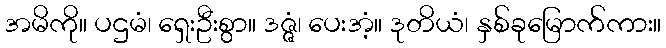
အမိကို။ ပဌမံ၊ ရှေးဦးစွာ။ ဒဇ္ဇံ၊ ပေးအံ့။ ဒုတိယံ၊ နှစ်ခုမြောက်ကား။